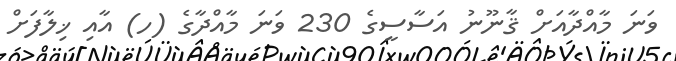
ވަނަ މާއްދާއަށް ޤާނޫނު އަސާސީގެ 230 ވަނަ މާއްދާގެ (ހ) އާއި ޚިލާފަށް